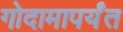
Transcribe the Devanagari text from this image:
गोदामापर्यंत